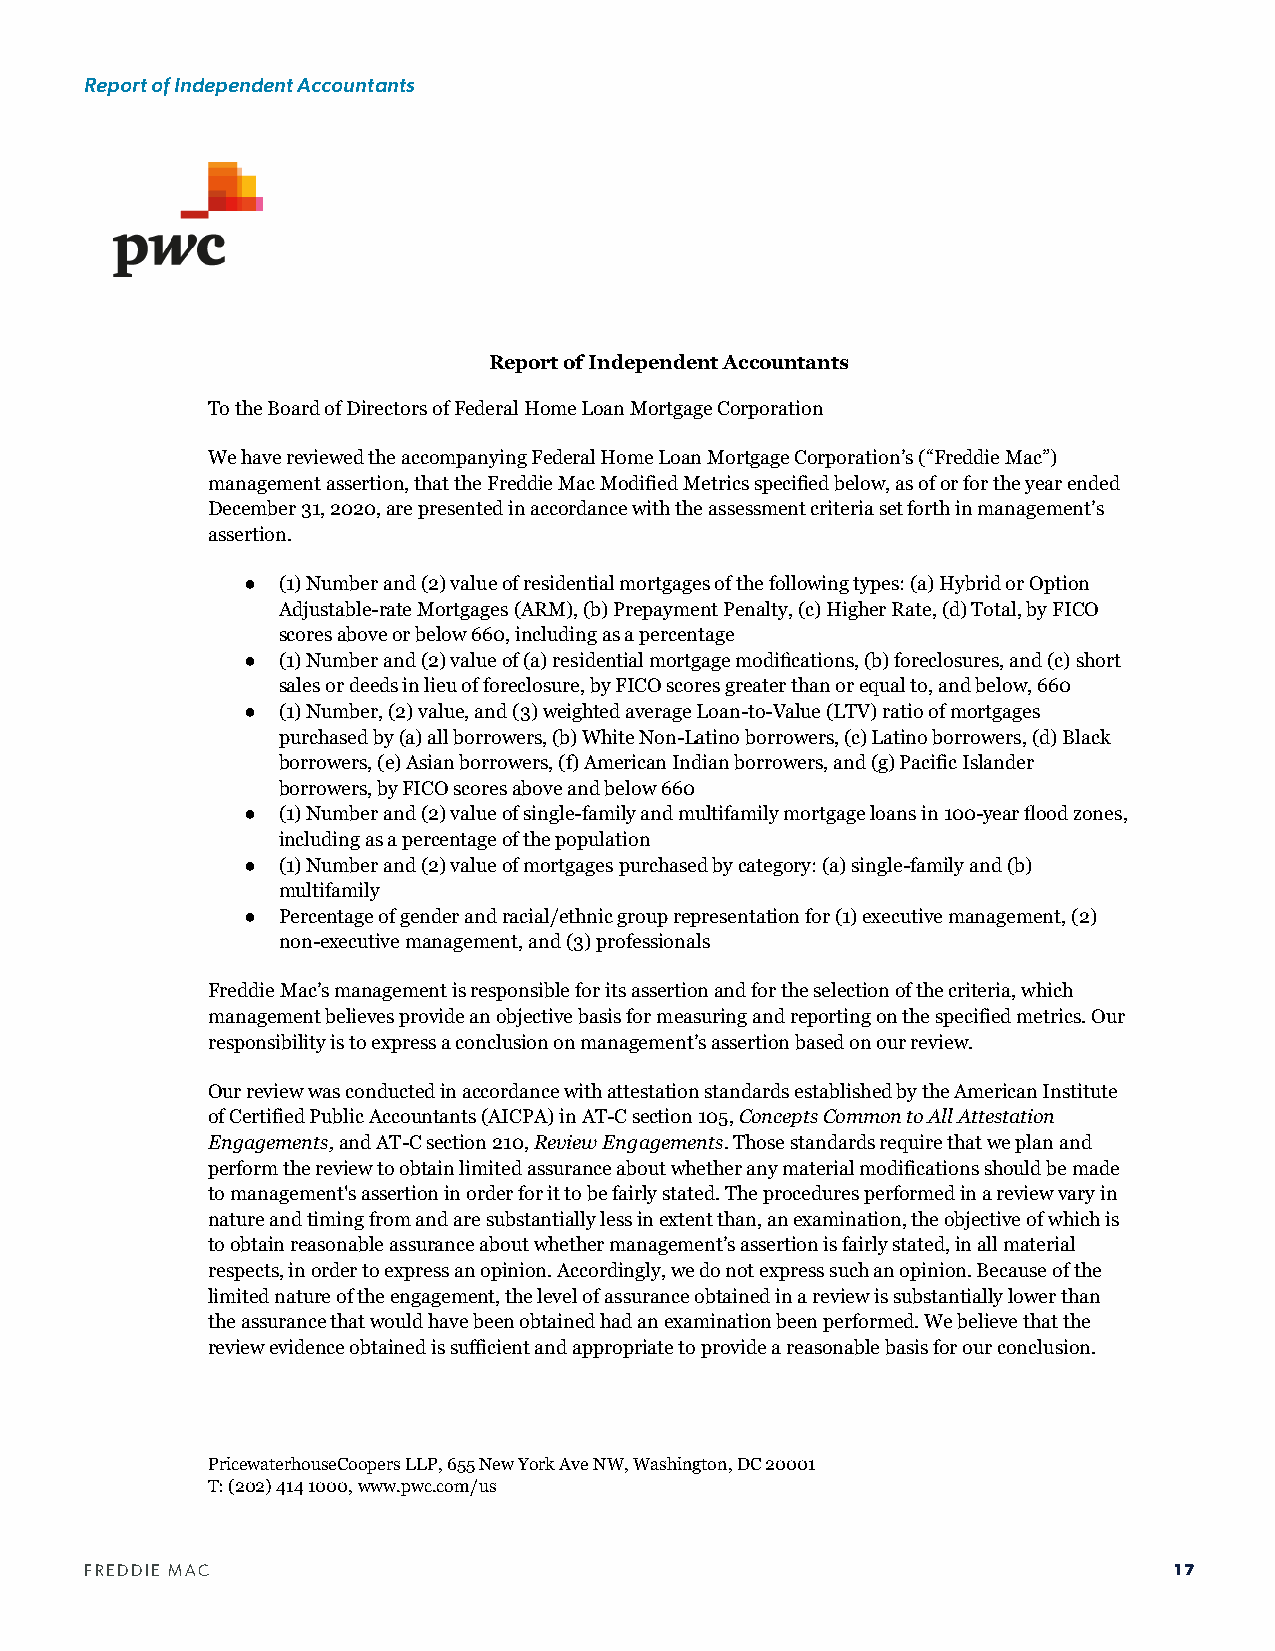
Report of Independent Accountants
 Report of Independent Accountants
 To the Board of Directors of Federal Home Loan Mortgage Corporation
 We have reviewed the accompanying Federal Home Loan Mortgage Corporation’s (“Freddie Mac”)
 management assertion, that the Freddie Mac Modified Metrics specified below, as of or for the year ended
 December 31, 2020, are presented in accordance with the assessment criteria set forth in management’s
 assertion.
 ● (1) Number and (2) value of residential mortgages of the following types: (a) Hybrid or Option
 Adjustable-rate Mortgages (ARM), (b) Prepayment Penalty, (c) Higher Rate, (d) Total, by FICO
 scores above or below 660, including as a percentage
 ● (1) Number and (2) value of (a) residential mortgage modifications, (b) foreclosures, and (c) short
 sales or deeds in lieu of foreclosure, by FICO scores greater than or equal to, and below, 660
 ● (1) Number, (2) value, and (3) weighted average Loan-to-Value (LTV) ratio of mortgages
 purchased by (a) all borrowers, (b) White Non-Latino borrowers, (c) Latino borrowers, (d) Black
 borrowers, (e) Asian borrowers, (f) American Indian borrowers, and (g) Pacific Islander
 borrowers, by FICO scores above and below 660
 ● (1) Number and (2) value of single-family and multifamily mortgage loans in 100-year flood zones,
 including as a percentage of the population
 ● (1) Number and (2) value of mortgages purchased by category: (a) single-family and (b)
 multifamily
 ● Percentage of gender and racial/ethnic group representation for (1) executive management, (2)
 non-executive management, and (3) professionals
 Freddie Mac’s management is responsible for its assertion and for the selection of the criteria, which
 management believes provide an objective basis for measuring and reporting on the specified metrics. Our
 responsibility is to express a conclusion on management’s assertion based on our review.
 Our review was conducted in accordance with attestation standards established by the American Institute
 of Certified Public Accountants (AICPA) in AT-C section 105, Concepts Common to All Attestation
 Engagements, and AT-C section 210, Review Engagements. Those standards require that we plan and
 perform the review to obtain limited assurance about whether any material modifications should be made
 to management's assertion in order for it to be fairly stated. The procedures performed in a review vary in
 nature and timing from and are substantially less in extent than, an examination, the objective of which is
 to obtain reasonable assurance about whether management’s assertion is fairly stated, in all material
 respects, in order to express an opinion. Accordingly, we do not express such an opinion. Because of the
 limited nature of the engagement, the level of assurance obtained in a review is substantially lower than
 the assurance that would have been obtained had an examination been performed. We believe that the
 review evidence obtained is sufficient and appropriate to provide a reasonable basis for our conclusion.
 PricewaterhouseCoopers LLP, 655 New York Ave NW, Washington, DC 20001
 T: (202) 414 1000, www.pwc.com/us
 FREDDIE MAC                                                             17